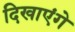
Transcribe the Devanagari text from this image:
दिखाएंगे